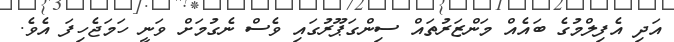
އަދި އެފިލްމުގެ ބައެއް މަންޒަރުތައް ސިންގަޕޫރުގައި ވެސް ނެގުމަށް ވަނީ ހަމަޖެހިފަ އެވެ.